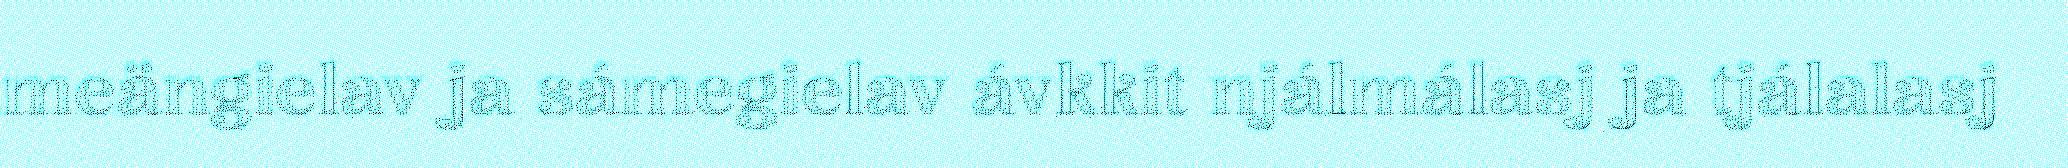
meängielav ja sámegielav ávkkit njálmálasj ja tjálalasj